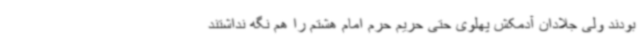
بودند ولی جلادان آدمکش پهلوی حتی حریم حرم امام هشتم را هم نگه نداشتند